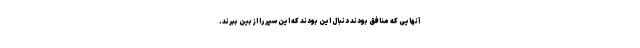
آنهایی که منافق بودند دنبال این بودند که این سپر را از بین ببرند.